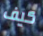
كيف